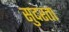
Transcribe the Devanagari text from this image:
सुदरता